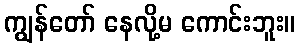
ကျွန်တော် နေလို့မ ကောင်းဘူး။